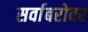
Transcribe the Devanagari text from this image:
सर्वाबरोबर